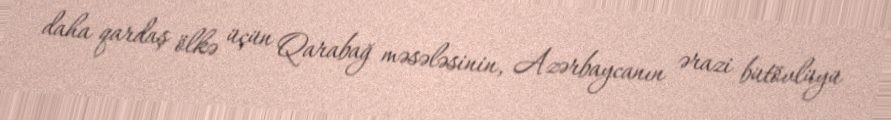
daha qardaş ölkə üçün Qarabağ məsələsinin, Azərbaycanın ərazi bütövlüyü